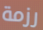
رزمة